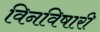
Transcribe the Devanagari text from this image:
विनविषारी